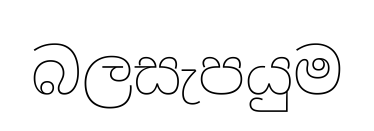
බලසැපයුම